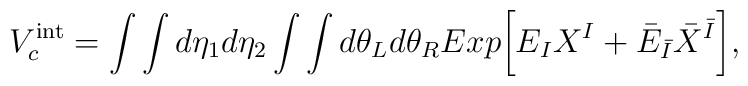
V^{\rm int}_c=\int\int d\eta_1 d\eta_2\int\int d\theta_L d\theta_R Exp\biggl[E_I X^I + {\bar E}_{\bar I}{\bar X}^{\bar I}\biggr],